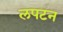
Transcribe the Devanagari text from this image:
लपटन